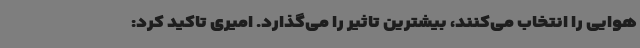
هوایی را انتخاب می‌کنند، بیشترین تاثیر را می‌گذارد. امیری تاکید کرد: